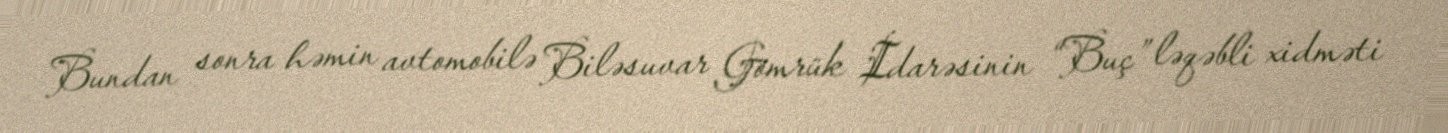
Bundan sonra həmin avtomobilə Biləsuvar Gömrük İdarəsinin “Buç” ləqəbli xidməti